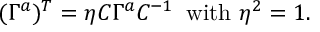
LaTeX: ( \Gamma ^ { a } ) ^ { T } = \eta C \Gamma ^ { a } C ^ { - 1 } \; \; \mathrm { w i t h } \ \eta ^ { 2 } = 1 .